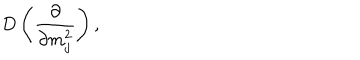
D \left( \frac { \partial } { \partial m _ { j } ^ { 2 } } \right) ,